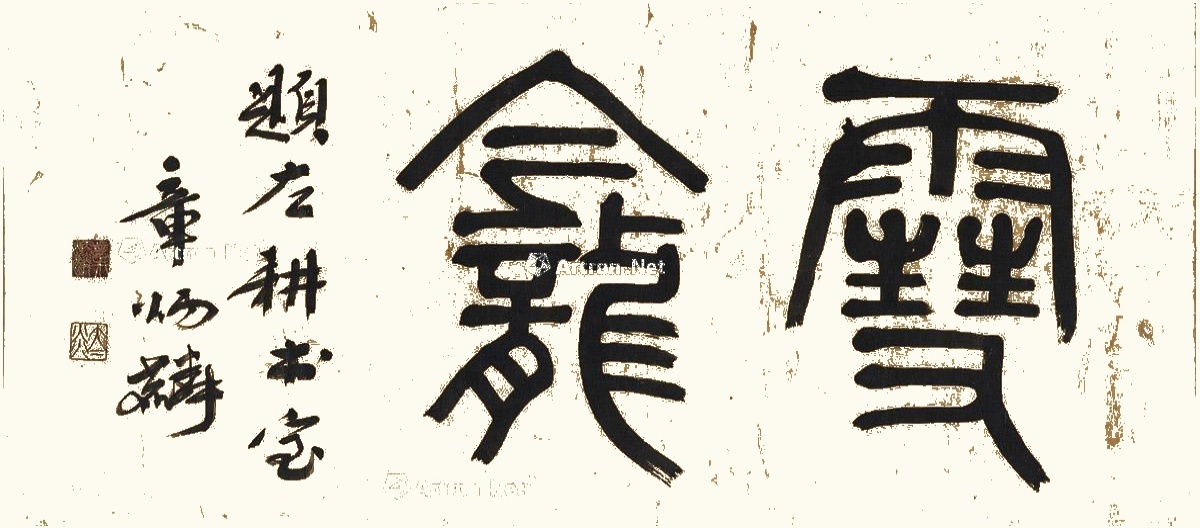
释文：雪龛。题左耕书室，章炳麟。